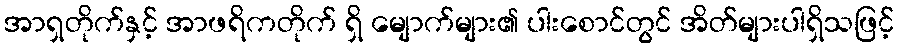
အာရှတိုက်နှင့် အာဖရိကတိုက် ရှိ မျောက်များ၏ ပါးစောင်တွင် အိတ်များပါရှိသဖြင့်